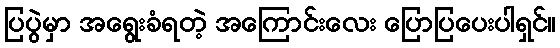
ပြပွဲမှာ အရွေးခံရတဲ့ အကြောင်းလေး ပြောပြပေးပါရှင်။